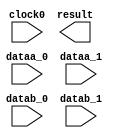
// megafunction wizard: %ALTMULT_ADD%VBB%
// GENERATION: STANDARD
// VERSION: WM1.0
// MODULE: ALTMULT_ADD 

// ============================================================
// Megafunction Name(s):
// 			ALTMULT_ADD
//
// Simulation Library Files(s):
// 			altera_mf
// ============================================================
// ************************************************************
// THIS IS A WIZARD-GENERATED FILE. DO NOT EDIT THIS FILE!
//
// 9.0 Build 132 02/25/2009 SJ Full Version
// ************************************************************

//Copyright (C) 1991-2009 Altera Corporation
//Your use of Altera Corporation's design tools, logic functions 
//and other software and tools, and its AMPP partner logic 
//functions, and any output files from any of the foregoing 
//(including device programming or simulation files), and any 
//associated documentation or information are expressly subject 
//to the terms and conditions of the Altera Program License 
//Subscription Agreement, Altera MegaCore Function License 
//Agreement, or other applicable license agreement, including, 
//without limitation, that your use is for the sole purpose of 
//programming logic devices manufactured by Altera and sold by 
//Altera or its authorized distributors.  Please refer to the 
//applicable agreement for further details.

module mult88 (
	clock0,
	dataa_0,
	dataa_1,
	datab_0,
	datab_1,
	result);

	input	  clock0;
	input	[7:0]  dataa_0;
	input	[7:0]  dataa_1;
	input	[8:0]  datab_0;
	input	[8:0]  datab_1;
	output	[17:0]  result;
`ifndef ALTERA_RESERVED_QIS
// synopsys translate_off
`endif
	tri1	  clock0;
	tri0	[7:0]  dataa_0;
	tri0	[7:0]  dataa_1;
	tri0	[8:0]  datab_0;
	tri0	[8:0]  datab_1;
`ifndef ALTERA_RESERVED_QIS
// synopsys translate_on
`endif

endmodule

// ============================================================
// CNX file retrieval info
// ============================================================
// Retrieval info: PRIVATE: ADDER1_ROUND_ACLR_SRC NUMERIC "3"
// Retrieval info: PRIVATE: ADDER1_ROUND_CLK_SRC NUMERIC "0"
// Retrieval info: PRIVATE: ADDER1_ROUND_OP STRING "Enabled"
// Retrieval info: PRIVATE: ADDER1_ROUND_PIPE_ACLR_SRC NUMERIC "3"
// Retrieval info: PRIVATE: ADDER1_ROUND_PIPE_CLK_SRC NUMERIC "0"
// Retrieval info: PRIVATE: ADDER1_ROUND_PIPE_REG STRING "1"
// Retrieval info: PRIVATE: ADDER1_ROUND_REG STRING "1"
// Retrieval info: PRIVATE: ADDER1_SAT_ACLR_SRC NUMERIC "3"
// Retrieval info: PRIVATE: ADDER1_SAT_CLK_SRC NUMERIC "0"
// Retrieval info: PRIVATE: ADDER1_SAT_OP STRING "Enabled"
// Retrieval info: PRIVATE: ADDER1_SAT_OVERFLOW_OUT NUMERIC "0"
// Retrieval info: PRIVATE: ADDER1_SAT_PIPE_ACLR_SRC NUMERIC "3"
// Retrieval info: PRIVATE: ADDER1_SAT_PIPE_CLK_SRC NUMERIC "0"
// Retrieval info: PRIVATE: ADDER1_SAT_PIPE_REG STRING "0"
// Retrieval info: PRIVATE: ADDER1_SAT_REG STRING "0"
// Retrieval info: PRIVATE: ADDER3_ROUND_ACLR_SRC NUMERIC "3"
// Retrieval info: PRIVATE: ADDER3_ROUND_CLK_SRC NUMERIC "0"
// Retrieval info: PRIVATE: ADDER3_ROUND_OP STRING "Enabled"
// Retrieval info: PRIVATE: ADDER3_ROUND_PIPE_ACLR_SRC NUMERIC "3"
// Retrieval info: PRIVATE: ADDER3_ROUND_PIPE_CLK_SRC NUMERIC "0"
// Retrieval info: PRIVATE: ADDER3_ROUND_PIPE_REG STRING "1"
// Retrieval info: PRIVATE: ADDER3_ROUND_REG STRING "1"
// Retrieval info: PRIVATE: ADDNSUB1_ACLR_SRC NUMERIC "3"
// Retrieval info: PRIVATE: ADDNSUB1_CLK_SRC NUMERIC "0"
// Retrieval info: PRIVATE: ADDNSUB1_PIPE_ACLR_SRC NUMERIC "3"
// Retrieval info: PRIVATE: ADDNSUB1_PIPE_CLK_SRC NUMERIC "0"
// Retrieval info: PRIVATE: ADDNSUB1_PIPE_REG STRING "1"
// Retrieval info: PRIVATE: ADDNSUB1_REG STRING "1"
// Retrieval info: PRIVATE: ADDNSUB3_ACLR_SRC NUMERIC "3"
// Retrieval info: PRIVATE: ADDNSUB3_CLK_SRC NUMERIC "0"
// Retrieval info: PRIVATE: ADDNSUB3_PIPE_ACLR_SRC NUMERIC "3"
// Retrieval info: PRIVATE: ADDNSUB3_PIPE_CLK_SRC NUMERIC "0"
// Retrieval info: PRIVATE: ADDNSUB3_PIPE_REG STRING "1"
// Retrieval info: PRIVATE: ADDNSUB3_REG STRING "1"
// Retrieval info: PRIVATE: ADD_ENABLE NUMERIC "0"
// Retrieval info: PRIVATE: ALL_REG_ACLR NUMERIC "0"
// Retrieval info: PRIVATE: A_ACLR_SRC_MULT0 NUMERIC "3"
// Retrieval info: PRIVATE: A_CLK_SRC_MULT0 NUMERIC "0"
// Retrieval info: PRIVATE: B_ACLR_SRC_MULT0 NUMERIC "3"
// Retrieval info: PRIVATE: B_CLK_SRC_MULT0 NUMERIC "0"
// Retrieval info: PRIVATE: HAS_MAC STRING "0"
// Retrieval info: PRIVATE: HAS_SAT_ROUND STRING "0"
// Retrieval info: PRIVATE: IMPL_STYLE_DEDICATED NUMERIC "0"
// Retrieval info: PRIVATE: IMPL_STYLE_DEFAULT NUMERIC "1"
// Retrieval info: PRIVATE: IMPL_STYLE_LCELL NUMERIC "0"
// Retrieval info: PRIVATE: INTENDED_DEVICE_FAMILY STRING "Cyclone III"
// Retrieval info: PRIVATE: MULT01_ROUND_ACLR_SRC NUMERIC "3"
// Retrieval info: PRIVATE: MULT01_ROUND_CLK_SRC NUMERIC "0"
// Retrieval info: PRIVATE: MULT01_ROUND_OP STRING "Enabled"
// Retrieval info: PRIVATE: MULT01_ROUND_PIPE_ACLR_SRC NUMERIC "3"
// Retrieval info: PRIVATE: MULT01_ROUND_PIPE_CLK_SRC NUMERIC "0"
// Retrieval info: PRIVATE: MULT01_ROUND_PIPE_REG STRING "0"
// Retrieval info: PRIVATE: MULT01_ROUND_REG STRING "1"
// Retrieval info: PRIVATE: MULT01_SAT_ACLR_SRC NUMERIC "3"
// Retrieval info: PRIVATE: MULT01_SAT_CLK_SRC NUMERIC "0"
// Retrieval info: PRIVATE: MULT01_SAT_OP STRING "Enabled"
// Retrieval info: PRIVATE: MULT01_SAT_PIPE_ACLR_SRC NUMERIC "3"
// Retrieval info: PRIVATE: MULT01_SAT_PIPE_CLK_SRC NUMERIC "0"
// Retrieval info: PRIVATE: MULT01_SAT_PIPE_REG STRING "0"
// Retrieval info: PRIVATE: MULT01_SAT_REG STRING "1"
// Retrieval info: PRIVATE: MULT0_SAT_OVERFLOW_OUT NUMERIC "0"
// Retrieval info: PRIVATE: MULT1_SAT_OVERFLOW_OUT NUMERIC "0"
// Retrieval info: PRIVATE: MULT23_ROUND_ACLR_SRC NUMERIC "3"
// Retrieval info: PRIVATE: MULT23_ROUND_CLK_SRC NUMERIC "0"
// Retrieval info: PRIVATE: MULT23_ROUND_OP STRING "Enabled"
// Retrieval info: PRIVATE: MULT23_ROUND_PIPE_ACLR_SRC NUMERIC "3"
// Retrieval info: PRIVATE: MULT23_ROUND_PIPE_CLK_SRC NUMERIC "0"
// Retrieval info: PRIVATE: MULT23_ROUND_PIPE_REG STRING "0"
// Retrieval info: PRIVATE: MULT23_ROUND_REG STRING "1"
// Retrieval info: PRIVATE: MULT23_SAT_ACLR_SRC NUMERIC "3"
// Retrieval info: PRIVATE: MULT23_SAT_CLK_SRC NUMERIC "0"
// Retrieval info: PRIVATE: MULT23_SAT_OP STRING "Enabled"
// Retrieval info: PRIVATE: MULT23_SAT_PIPE_ACLR_SRC NUMERIC "3"
// Retrieval info: PRIVATE: MULT23_SAT_PIPE_CLK_SRC NUMERIC "0"
// Retrieval info: PRIVATE: MULT23_SAT_PIPE_REG STRING "0"
// Retrieval info: PRIVATE: MULT23_SAT_REG STRING "1"
// Retrieval info: PRIVATE: MULT2_SAT_OVERFLOW_OUT NUMERIC "0"
// Retrieval info: PRIVATE: MULT3_SAT_OVERFLOW_OUT NUMERIC "0"
// Retrieval info: PRIVATE: MULT_REGA0 NUMERIC "1"
// Retrieval info: PRIVATE: MULT_REGB0 NUMERIC "1"
// Retrieval info: PRIVATE: MULT_REGOUT0 NUMERIC "1"
// Retrieval info: PRIVATE: NUM_MULT STRING "2"
// Retrieval info: PRIVATE: OP1 STRING "Add"
// Retrieval info: PRIVATE: OP3 STRING "Add"
// Retrieval info: PRIVATE: OUTPUT_EXTRA_LAT NUMERIC "0"
// Retrieval info: PRIVATE: OUTPUT_REG_ACLR_SRC NUMERIC "3"
// Retrieval info: PRIVATE: OUTPUT_REG_CLK_SRC NUMERIC "0"
// Retrieval info: PRIVATE: Q_ACLR_SRC_MULT0 NUMERIC "3"
// Retrieval info: PRIVATE: Q_CLK_SRC_MULT0 NUMERIC "0"
// Retrieval info: PRIVATE: REG_OUT NUMERIC "1"
// Retrieval info: PRIVATE: RNFORMAT STRING "18"
// Retrieval info: PRIVATE: RQFORMAT STRING "Q1.15"
// Retrieval info: PRIVATE: RTS_WIDTH STRING "18"
// Retrieval info: PRIVATE: SAME_CONFIG NUMERIC "1"
// Retrieval info: PRIVATE: SAME_CONTROL_SRC_A0 NUMERIC "1"
// Retrieval info: PRIVATE: SAME_CONTROL_SRC_B0 NUMERIC "0"
// Retrieval info: PRIVATE: SCANOUTA NUMERIC "0"
// Retrieval info: PRIVATE: SCANOUTB NUMERIC "0"
// Retrieval info: PRIVATE: SHIFTOUTA_ACLR_SRC NUMERIC "3"
// Retrieval info: PRIVATE: SHIFTOUTA_CLK_SRC NUMERIC "0"
// Retrieval info: PRIVATE: SHIFTOUTA_REG STRING "0"
// Retrieval info: PRIVATE: SIGNA STRING "Unsigned"
// Retrieval info: PRIVATE: SIGNA_ACLR_SRC NUMERIC "3"
// Retrieval info: PRIVATE: SIGNA_CLK_SRC NUMERIC "0"
// Retrieval info: PRIVATE: SIGNA_PIPE_ACLR_SRC NUMERIC "3"
// Retrieval info: PRIVATE: SIGNA_PIPE_CLK_SRC NUMERIC "0"
// Retrieval info: PRIVATE: SIGNA_PIPE_REG STRING "1"
// Retrieval info: PRIVATE: SIGNA_REG STRING "1"
// Retrieval info: PRIVATE: SIGNB STRING "Unsigned"
// Retrieval info: PRIVATE: SIGNB_ACLR_SRC NUMERIC "3"
// Retrieval info: PRIVATE: SIGNB_CLK_SRC NUMERIC "0"
// Retrieval info: PRIVATE: SIGNB_PIPE_ACLR_SRC NUMERIC "3"
// Retrieval info: PRIVATE: SIGNB_PIPE_CLK_SRC NUMERIC "0"
// Retrieval info: PRIVATE: SIGNB_PIPE_REG STRING "1"
// Retrieval info: PRIVATE: SIGNB_REG STRING "1"
// Retrieval info: PRIVATE: SRCA0 STRING "Multiplier input"
// Retrieval info: PRIVATE: SRCB0 STRING "Multiplier input"
// Retrieval info: PRIVATE: SYNTH_WRAPPER_GEN_POSTFIX STRING "0"
// Retrieval info: PRIVATE: WIDTHA STRING "8"
// Retrieval info: PRIVATE: WIDTHB STRING "9"
// Retrieval info: LIBRARY: altera_mf altera_mf.altera_mf_components.all
// Retrieval info: CONSTANT: ADDNSUB_MULTIPLIER_ACLR1 STRING "UNUSED"
// Retrieval info: CONSTANT: ADDNSUB_MULTIPLIER_PIPELINE_ACLR1 STRING "UNUSED"
// Retrieval info: CONSTANT: ADDNSUB_MULTIPLIER_PIPELINE_REGISTER1 STRING "CLOCK0"
// Retrieval info: CONSTANT: ADDNSUB_MULTIPLIER_REGISTER1 STRING "CLOCK0"
// Retrieval info: CONSTANT: DEDICATED_MULTIPLIER_CIRCUITRY STRING "AUTO"
// Retrieval info: CONSTANT: INPUT_ACLR_A0 STRING "UNUSED"
// Retrieval info: CONSTANT: INPUT_ACLR_A1 STRING "UNUSED"
// Retrieval info: CONSTANT: INPUT_ACLR_B0 STRING "UNUSED"
// Retrieval info: CONSTANT: INPUT_ACLR_B1 STRING "UNUSED"
// Retrieval info: CONSTANT: INPUT_REGISTER_A0 STRING "CLOCK0"
// Retrieval info: CONSTANT: INPUT_REGISTER_A1 STRING "CLOCK0"
// Retrieval info: CONSTANT: INPUT_REGISTER_B0 STRING "CLOCK0"
// Retrieval info: CONSTANT: INPUT_REGISTER_B1 STRING "CLOCK0"
// Retrieval info: CONSTANT: INPUT_SOURCE_A0 STRING "DATAA"
// Retrieval info: CONSTANT: INPUT_SOURCE_A1 STRING "DATAA"
// Retrieval info: CONSTANT: INPUT_SOURCE_B0 STRING "DATAB"
// Retrieval info: CONSTANT: INPUT_SOURCE_B1 STRING "DATAB"
// Retrieval info: CONSTANT: INTENDED_DEVICE_FAMILY STRING "Cyclone III"
// Retrieval info: CONSTANT: LPM_TYPE STRING "altmult_add"
// Retrieval info: CONSTANT: MULTIPLIER1_DIRECTION STRING "ADD"
// Retrieval info: CONSTANT: MULTIPLIER_ACLR0 STRING "UNUSED"
// Retrieval info: CONSTANT: MULTIPLIER_ACLR1 STRING "UNUSED"
// Retrieval info: CONSTANT: MULTIPLIER_REGISTER0 STRING "CLOCK0"
// Retrieval info: CONSTANT: MULTIPLIER_REGISTER1 STRING "CLOCK0"
// Retrieval info: CONSTANT: NUMBER_OF_MULTIPLIERS NUMERIC "2"
// Retrieval info: CONSTANT: OUTPUT_ACLR STRING "UNUSED"
// Retrieval info: CONSTANT: OUTPUT_REGISTER STRING "CLOCK0"
// Retrieval info: CONSTANT: PORT_ADDNSUB1 STRING "PORT_UNUSED"
// Retrieval info: CONSTANT: PORT_SIGNA STRING "PORT_UNUSED"
// Retrieval info: CONSTANT: PORT_SIGNB STRING "PORT_UNUSED"
// Retrieval info: CONSTANT: REPRESENTATION_A STRING "UNSIGNED"
// Retrieval info: CONSTANT: REPRESENTATION_B STRING "UNSIGNED"
// Retrieval info: CONSTANT: SIGNED_ACLR_A STRING "UNUSED"
// Retrieval info: CONSTANT: SIGNED_ACLR_B STRING "UNUSED"
// Retrieval info: CONSTANT: SIGNED_PIPELINE_ACLR_A STRING "UNUSED"
// Retrieval info: CONSTANT: SIGNED_PIPELINE_ACLR_B STRING "UNUSED"
// Retrieval info: CONSTANT: SIGNED_PIPELINE_REGISTER_A STRING "CLOCK0"
// Retrieval info: CONSTANT: SIGNED_PIPELINE_REGISTER_B STRING "CLOCK0"
// Retrieval info: CONSTANT: SIGNED_REGISTER_A STRING "CLOCK0"
// Retrieval info: CONSTANT: SIGNED_REGISTER_B STRING "CLOCK0"
// Retrieval info: CONSTANT: WIDTH_A NUMERIC "8"
// Retrieval info: CONSTANT: WIDTH_B NUMERIC "9"
// Retrieval info: CONSTANT: WIDTH_RESULT NUMERIC "18"
// Retrieval info: USED_PORT: clock0 0 0 0 0 INPUT VCC "clock0"
// Retrieval info: USED_PORT: dataa_0 0 0 8 0 INPUT GND "dataa_0[7..0]"
// Retrieval info: USED_PORT: dataa_1 0 0 8 0 INPUT GND "dataa_1[7..0]"
// Retrieval info: USED_PORT: datab_0 0 0 9 0 INPUT GND "datab_0[8..0]"
// Retrieval info: USED_PORT: datab_1 0 0 9 0 INPUT GND "datab_1[8..0]"
// Retrieval info: USED_PORT: result 0 0 18 0 OUTPUT GND "result[17..0]"
// Retrieval info: CONNECT: @datab 0 0 9 9 datab_1 0 0 9 0
// Retrieval info: CONNECT: @clock0 0 0 0 0 clock0 0 0 0 0
// Retrieval info: CONNECT: result 0 0 18 0 @result 0 0 18 0
// Retrieval info: CONNECT: @dataa 0 0 8 0 dataa_0 0 0 8 0
// Retrieval info: CONNECT: @dataa 0 0 8 8 dataa_1 0 0 8 0
// Retrieval info: CONNECT: @datab 0 0 9 0 datab_0 0 0 9 0
// Retrieval info: GEN_FILE: TYPE_NORMAL mult88.v TRUE
// Retrieval info: GEN_FILE: TYPE_NORMAL mult88.inc TRUE
// Retrieval info: GEN_FILE: TYPE_NORMAL mult88.cmp FALSE
// Retrieval info: GEN_FILE: TYPE_NORMAL mult88.bsf TRUE FALSE
// Retrieval info: GEN_FILE: TYPE_NORMAL mult88_inst.v TRUE
// Retrieval info: GEN_FILE: TYPE_NORMAL mult88_bb.v TRUE
// Retrieval info: GEN_FILE: TYPE_NORMAL mult88_waveforms.html TRUE
// Retrieval info: GEN_FILE: TYPE_NORMAL mult88_wave*.jpg FALSE
// Retrieval info: LIB_FILE: altera_mf